Lunatic asylums Central Provinces reports 1886-1894 - 1886-1894
Year: 1886
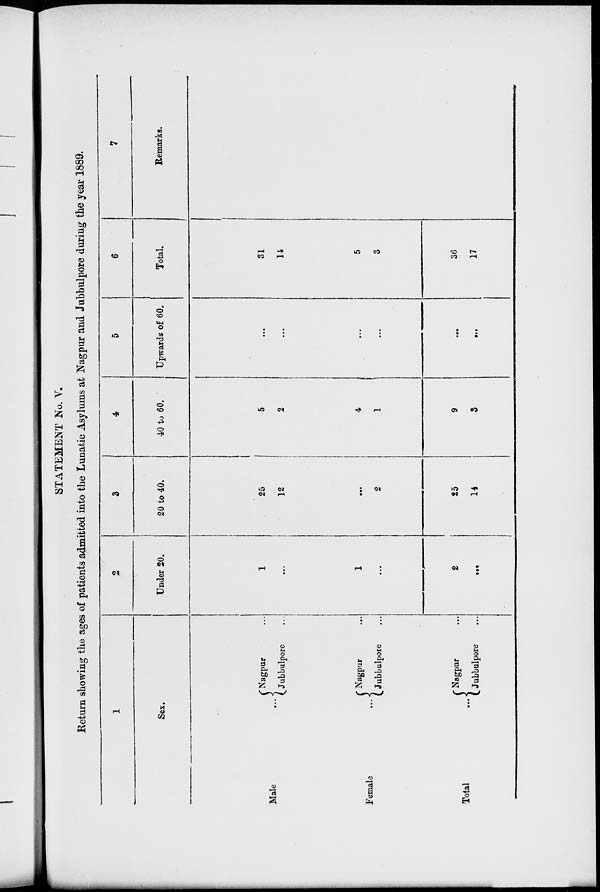
STATEMENT No. V.
Return showing the ages of patients admitted into the Lunatic Asylums at Nagpur and Jubbulpore during the year 1889.
1
Sex.
Male
...
Female
...
Total ...
Nagpur ...
Jubbulpore ...
Nagpur ...
Jubbulpore ...
Nagpur ...
Jubbulpore ...
2
Under 20.
1
...
1
...
2
...
3
20 to 40.
25
12
...
2
25
14
4
40 to 60.
5
2
4
1
9
3
5
Upwards of 60.
...
...
...
...
...
...
6
Total.
31
14
5
3
36
17
7
Remarks.